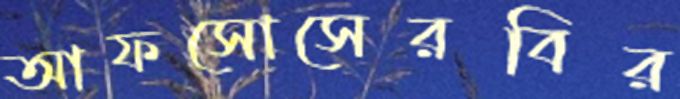
আফসোসেরবির